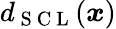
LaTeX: d_{\mathrm{~S~C~L~}}(\boldsymbol{x})